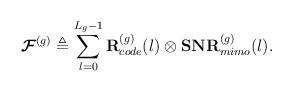
LaTeX: \begin{align*}\boldsymbol{\mathcal{F}}^{(g)}\triangleq \sum_{l=0}^{L_g-1}\mathbf{R}^{(g)}_{code}(l) \otimes \mathbf{SNR}^{(g)}_{mimo}(l).\end{align*}